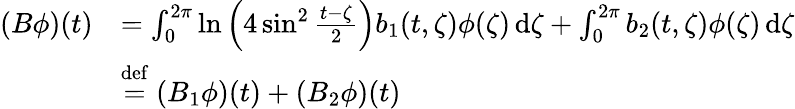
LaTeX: \begin{array}{rl}{(B\phi)(t)}&{=\int_{0}^{2\pi}\ln\Big(4\sin^{2}\frac{t-\zeta}{2}\Big)b_{1}(t,\zeta)\phi(\zeta)\, \mathrm{d}\zeta+\int_{0}^{2\pi}b_{2}(t,\zeta)\phi(\zeta)\, \mathrm{d}\zeta}\\ &{\overset{\mathrm{def}}{=}(B_{1}\phi)(t)+(B_{2}\phi)(t)}\end{array}